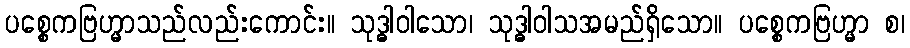
ပစ္စေကဗြဟ္မာသည်လည်းကောင်း။ သုဒ္ဓါဝါသော၊ သုဒ္ဓါဝါသအမည်ရှိသော။ ပစ္စေကဗြဟ္မာ စ၊